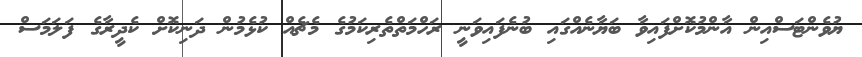
ޔުވެންޓަސްއިން އާންމުކޮށްފައިވާ ބަޔާނެއްގައި ބުނެފައިވަނީ ރަހްމަތްތެރިކަމުގެ މެޗެއް ކުޅެމުން ދަނިކޮށް ކެދީރާގެ ފަލަމަސް